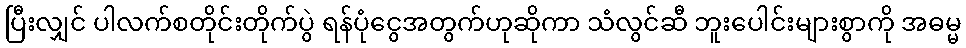
ပြီးလျှင် ပါလက်စတိုင်းတိုက်ပွဲ ရန်ပုံငွေအတွက်ဟုဆိုကာ သံလွင်ဆီ ဘူးပေါင်းများစွာကို အဓမ္မ